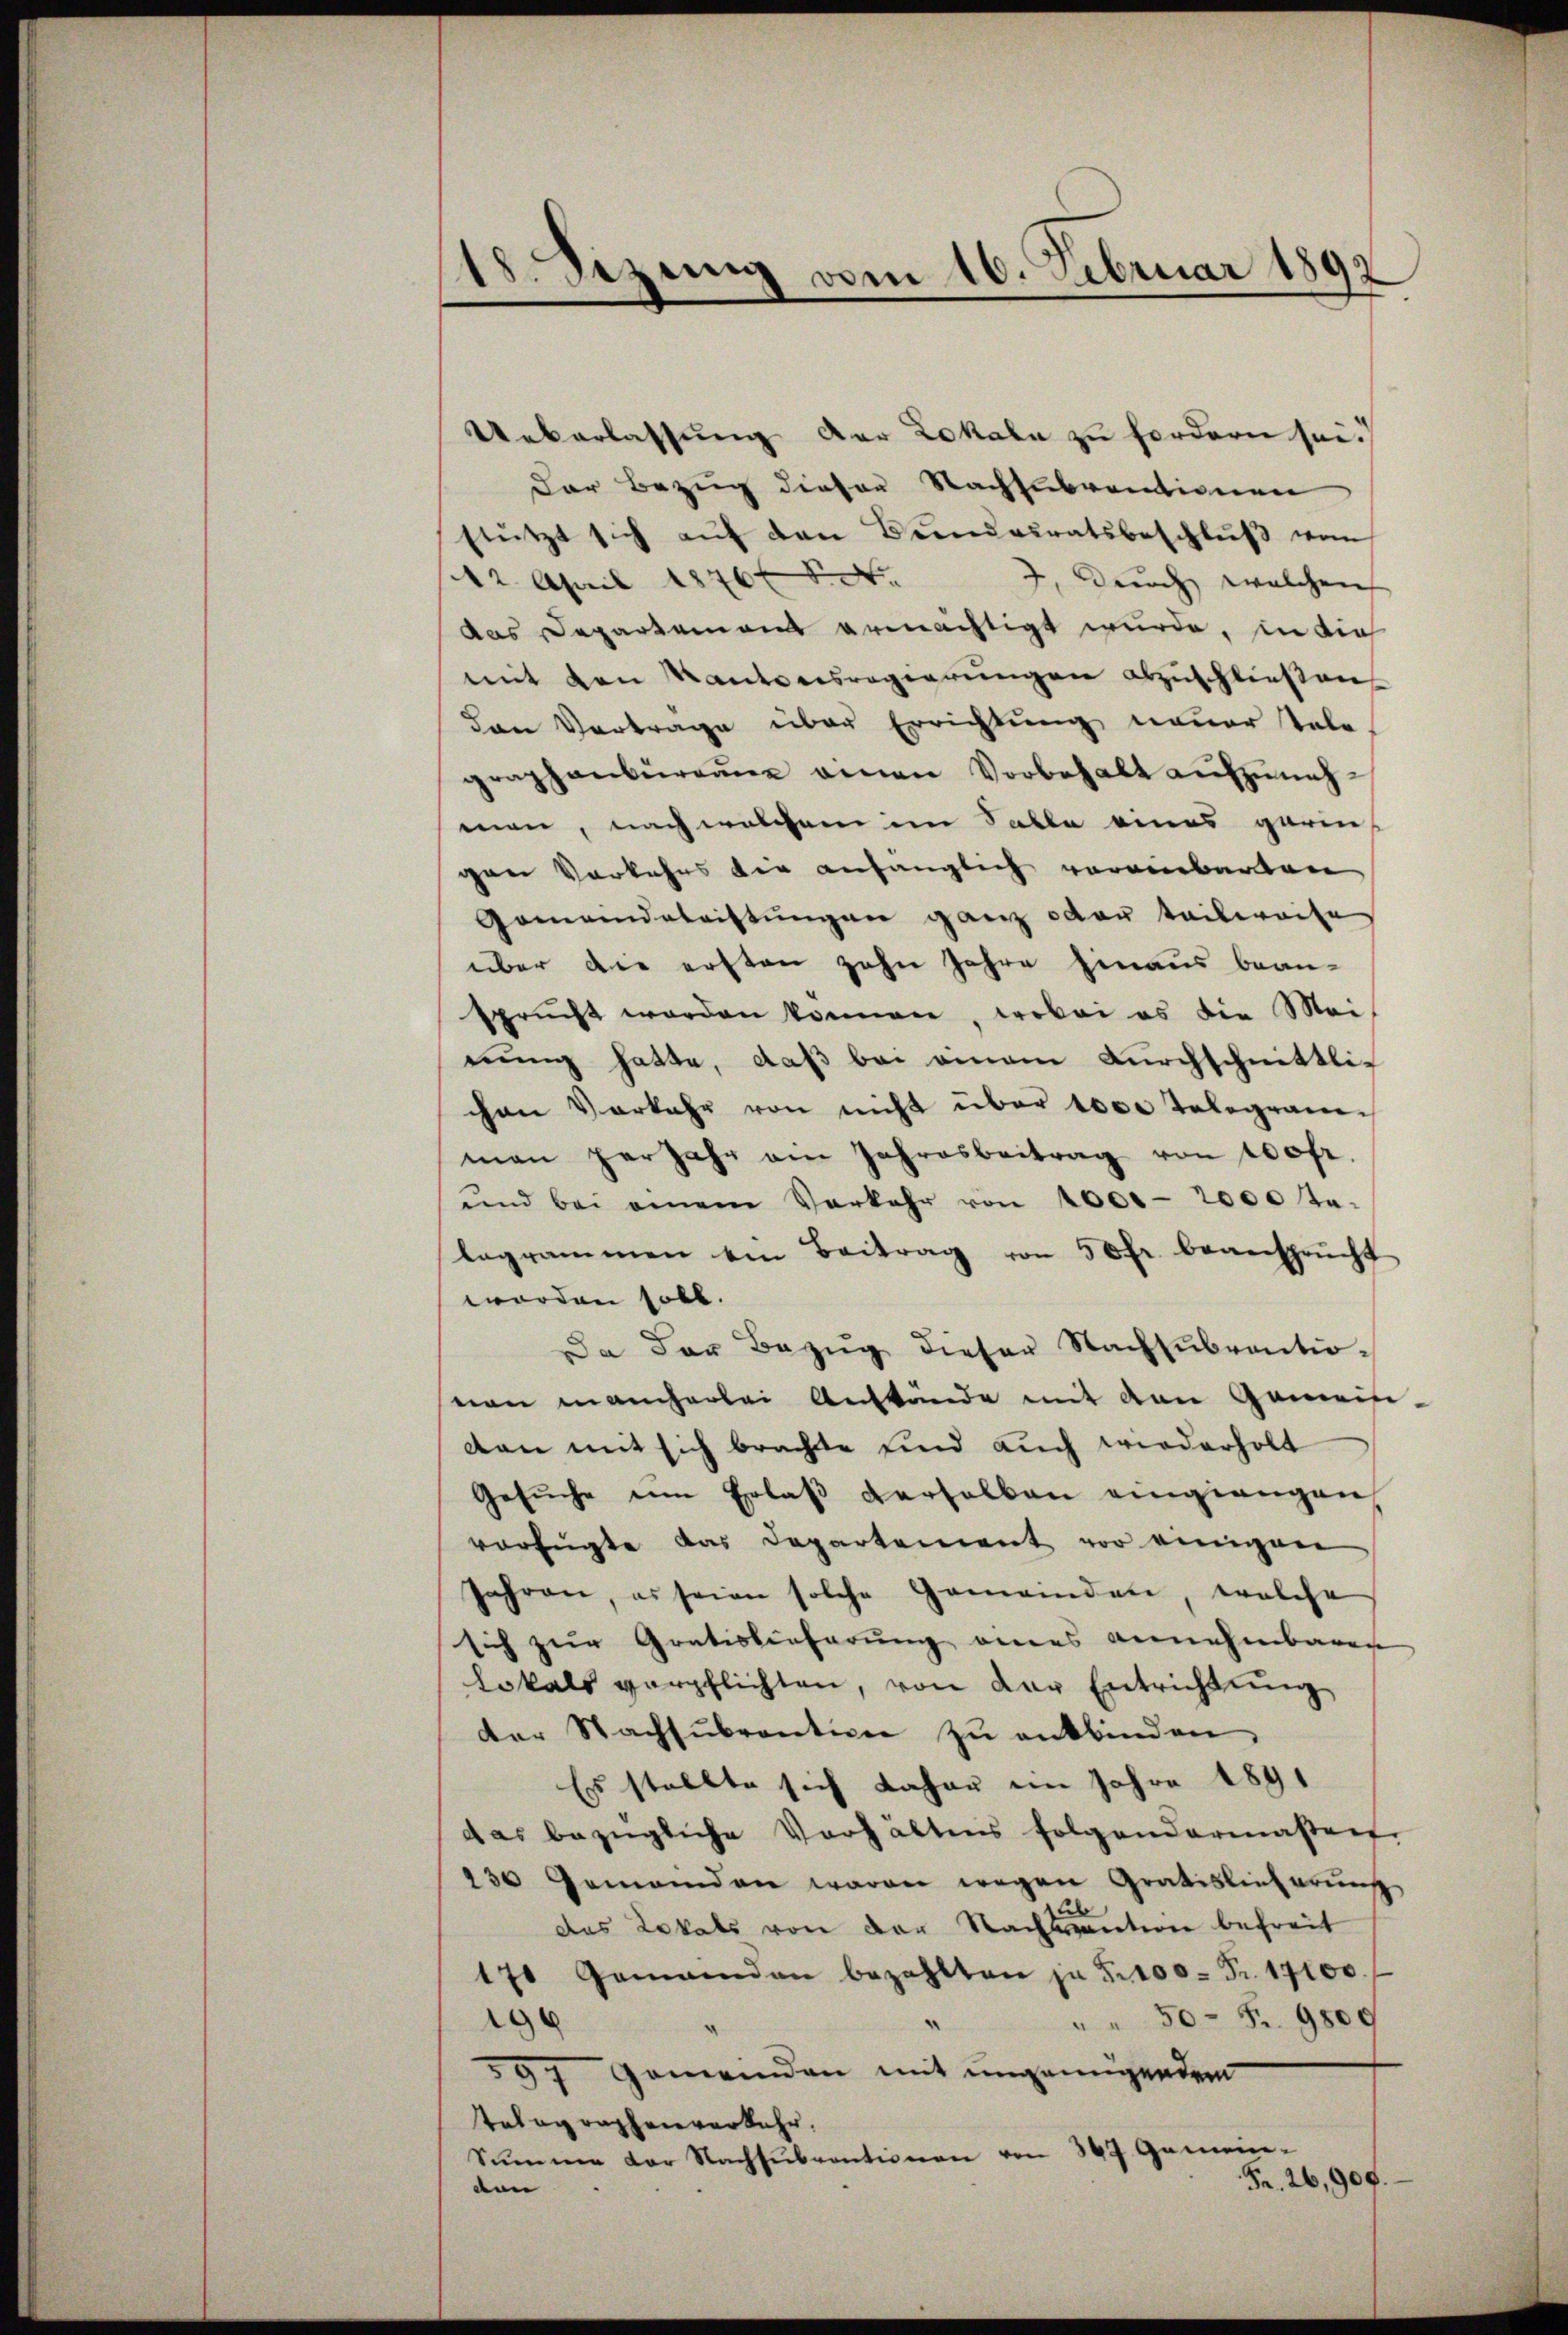
18. Sezug vom 16. Februar 1892

Ueberlassung der Lokala zu fordern sei.
Der Bezug dieser Nachsubventionen
stützt sich aŭf den Bŭndesratsbeschlŭβ von
12. April 1876. d. d.
2, durch welchen
das Departement ermächtigt wurde, in die
mit den Kantonsregierungen abzuschließen
dan Vertrage über Errichtung neuer Tale
graphenbürgen einen Vorbehalt aufzunehman, nach welchem im Salle eines garin,
gen Vorkehrs der anfänglich vereinbarten
Gemeindeleistungen ganz oder teilweise
über die ersten zehn Jahre hinaus bean-
sprucht worden können, wobei es die Mei-
nung hatte, daß bei einem Durchschnittlichen Vorkehr von nicht über 1000 Telegramman herjahr am Jahresbeitrag von 100fr.
und bei einem Verkehr von 4000-2000 ta-
legrammen ein Beitrag von 50 fr. beansprücht
worden soll.
Da der Bezug dieser Nachsubventionon mancherlei Anstände mit den Gemein
von mit sich brachte und auch wiederholt
Gesŭche eine Erlaβ verhalben eingiengen
verfügte das Departement vor einigen
Jahren, es seien solche Gemeinden, welche
sich zur Gratistieferung eines annehmbaren
lokals verpflichten, von der Entrichtung
der Nachsŭbvention zŭ entbinden.
Es stellte sich daher im Jahre 1891
das bezügliche Verhältens folgendermaßen.
130 Gemeinden waren wegen Gratislinbarŭng
d
das Lokals von der Nachwantion befreit
17 Gemeinden bezahlten ja §. 100 Fr. 17100.
19
50- S. 9800
597 Gemeinden mit ungenügendem
telographenverkehr.
Summe der Nachsubventionen von 309 Gemein-
Fr. 26,900.
von